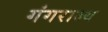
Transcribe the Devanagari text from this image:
गंगराज्य